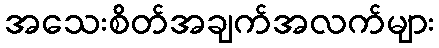
အသေးစိတ်အချက်အလက်များ